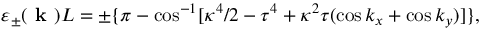
\varepsilon _ { \pm } ( \textbf { k } ) L = \pm \{ \pi - \cos ^ { - 1 } [ \kappa ^ { 4 } / 2 - \tau ^ { 4 } + \kappa ^ { 2 } \tau ( \cos k _ { x } + \cos k _ { y } ) ] \} ,